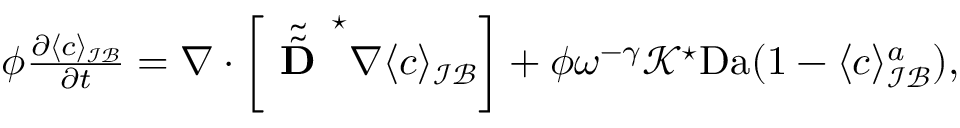
\begin{array} { r l } & { \phi \frac { \partial \langle c \rangle _ { \mathcal { I B } } } { \partial t } = \nabla \cdot \left[ \tilde { \tilde { \textbf { D } } } ^ { \star } \nabla \langle c \rangle _ { \mathcal { I B } } \right] + \phi \omega ^ { - \gamma } \mathcal { K } ^ { \star } \mathrm { D a } ( 1 - \langle c \rangle _ { \mathcal { I B } } ^ { a } ) , } \end{array}